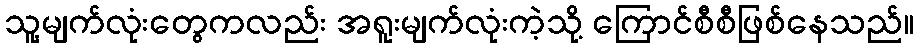
သူ့မျက်လုံးတွေကလည်း အရူးမျက်လုံးကဲ့သို့ ကြောင်စီစီဖြစ်နေသည်။